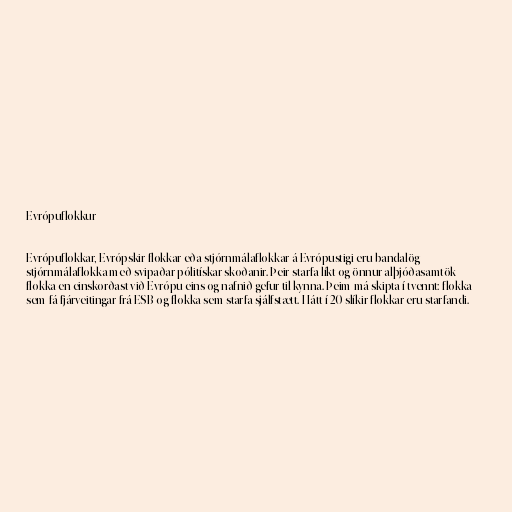
Evrópuflokkur

Evrópuflokkar, Evrópskir flokkar eða stjórnmálaflokkar á Evrópustigi eru bandalög
stjórnmálaflokka með svipaðar pólitískar skoðanir. Þeir starfa líkt og önnur alþjóðasamtök
flokka en einskorðast við Evrópu eins og nafnið gefur til kynna. Þeim má skipta í tvennt: flokka
sem fá fjárveitingar frá ESB og flokka sem starfa sjálfstætt. Hátt í 20 slíkir flokkar eru starfandi.